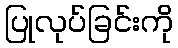
ပြုလုပ်ခြင်းကို